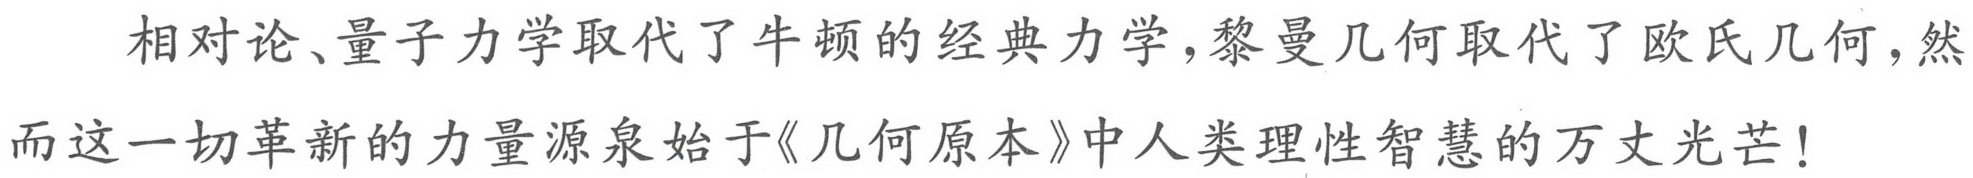
相对论、量子力学取代了牛顿的经典力学，黎曼几何取代了欧氏几何，然
而这一切革新的力量源泉始于《几何原本》中人类理性智慧的万丈光芒！